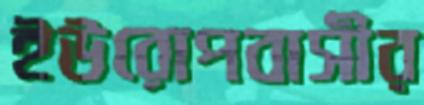
ইউরোপবাসীর